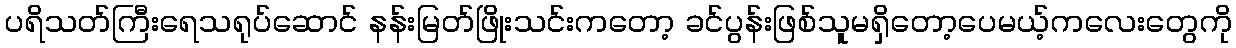
ပရိသတ်ကြီးရေသရုပ်ဆောင် နန်းမြတ်ဖြိုးသင်းကတော့ ခင်ပွန်းဖြစ်သူမရှိတော့ပေမယ့်ကလေးတွေကို